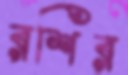
রশির